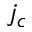
j _ { c }